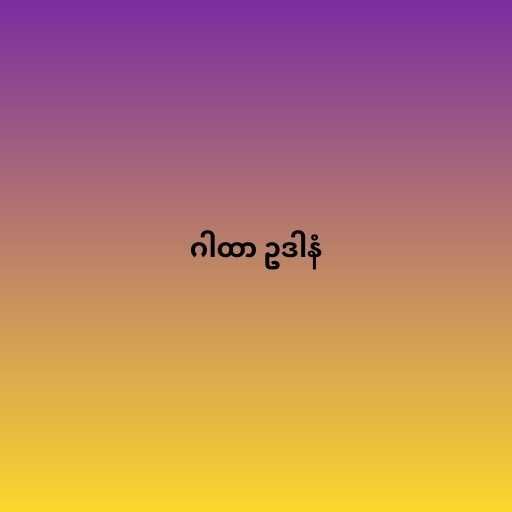
ဂါထာ ဥဒါနံ